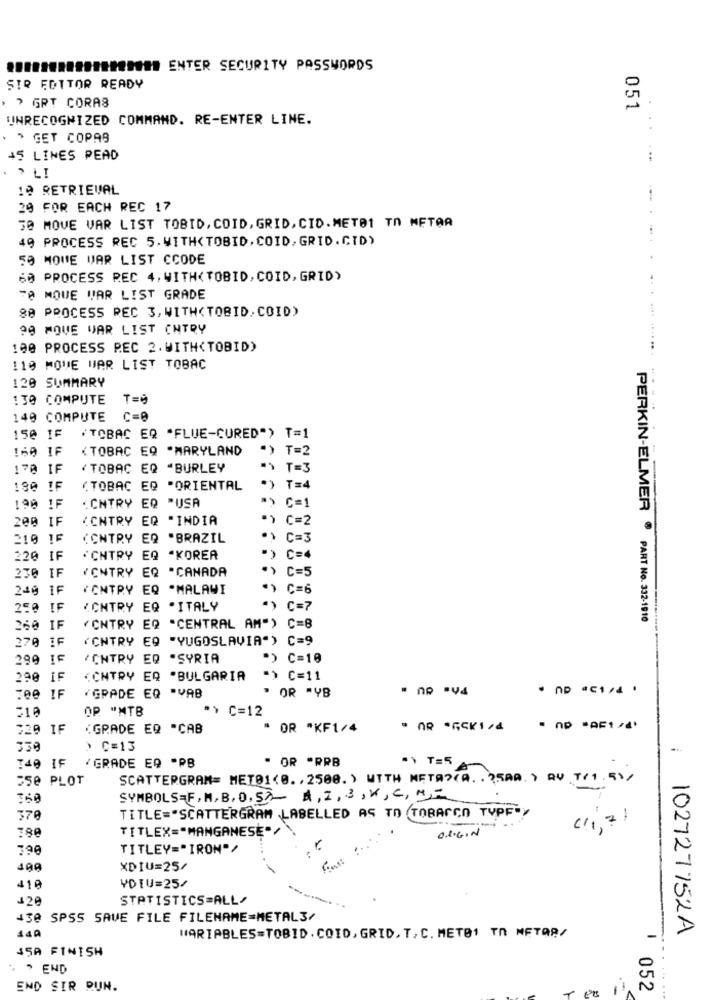
.. ################ ENTER SECURITY PASSWORDS
SIR EDITOR READY
> GRT CORAS
051
UNRECOGNIZED COMMAND. RE-ENTER LINE.
> GET COPAS
45 LINES PEAD
19 RETRIEVAL
29 FOR EACH REC 17
30 MOVE VAR LIST TOBID, COID, GRID, CID. MET01 TO METAA
49 PROCESS REC 5. WITH<TOBID, COID, GRID.CTD)
50 MOVE VAR LIST CCODE
60 PROCESS REC 4, WITH<TOBID, COID, GRID)
TA MOWE WAR LIST GRADE
80 PROCESS REC 3, WITH<TOBID.COID)
90 MOVE WAR LIST ONTRY
100 PROCESS PEC 2. WITH(TOBID)
....
119 MOVE WAR LIST TOBAC
120 SUMMARY
130 COMPUTE
149 COMPUTE
150 IF
"TOBAC EQ "FLUE-CURED") T=1
160 IF
<TOBAC EQ "MARYLAND
") T=2
170 IF
(TOBAC EQ "BURLEY
"\ T=3
180 IF
(TOBAC EQ "ORIENTAL
.) T=4
190 1F
.CNTRY EQ "USA
"> C=1
(CNTRY EQ "INDIA
") C=2
200 IF
210 1₣
(CNTRY EQ "BRAZIL
·> C=3
220 IF
"CNTRY EQ "KOREA
") C=4
YCNTRY EQ "CANADA
C=5
230 IF
240 IF
(CNTRY EQ *MALAWI
*> C=6
250 IF
ICHTRY EQ .ITALY
"> C=7
PERKIN-ELMER ® PART No. 332-1910
260 IF
(CNTRY EQ "CENTRAL AM") C=8
270 IF
(CNTRY EQ "YUGOSLAVIA") C=9
299 IF
ICHTRY EQ "SYRIA
"> C=10
290 IF
(CNTRY EQ .BULGARIA
"> C=11
:00 IF
/GPADE EQ "YAB
" OR "YB
210
OP "MTB
.> C=12
220 IF
(GRADE EQ "CAB
" OR *KF1/4
330
> C=13
'GRADE EQ -PB
· OR *PRB
140 IF
" , T=5
550 PLOT
SCATTERGRAN= METO1<0 ., 2508.) WITH META>(A. . 25AA. ) RV T/1.51/
-
SYMBOLS=F,M,B,0,53- A, I,3, W, C, M ,=
370
TITLE="SCATTERGRAM LABELLED AS TO (TOBACCO TYPE"Y
(11,7)
TITLEX="MANGANESE"/
ORGIN
390
TITLEY="IRON"/
199
XDIU=25/
VDIU=25/
41A
J29
STATISTICS=ALL/
430 SPSS SAVE FILE FILENAME=METAL3/
102727752A
440
WARIABLES=TOBID. COID, GRID. T. C. METO1 TA METAR/
45A FINISH
, " END
END SIR PUN.
T ex
1 052